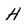
Character: H